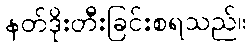
နတ်ဒိုးတီးခြင်းစရသည်။